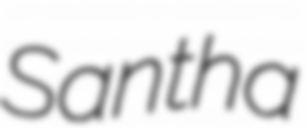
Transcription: Santha